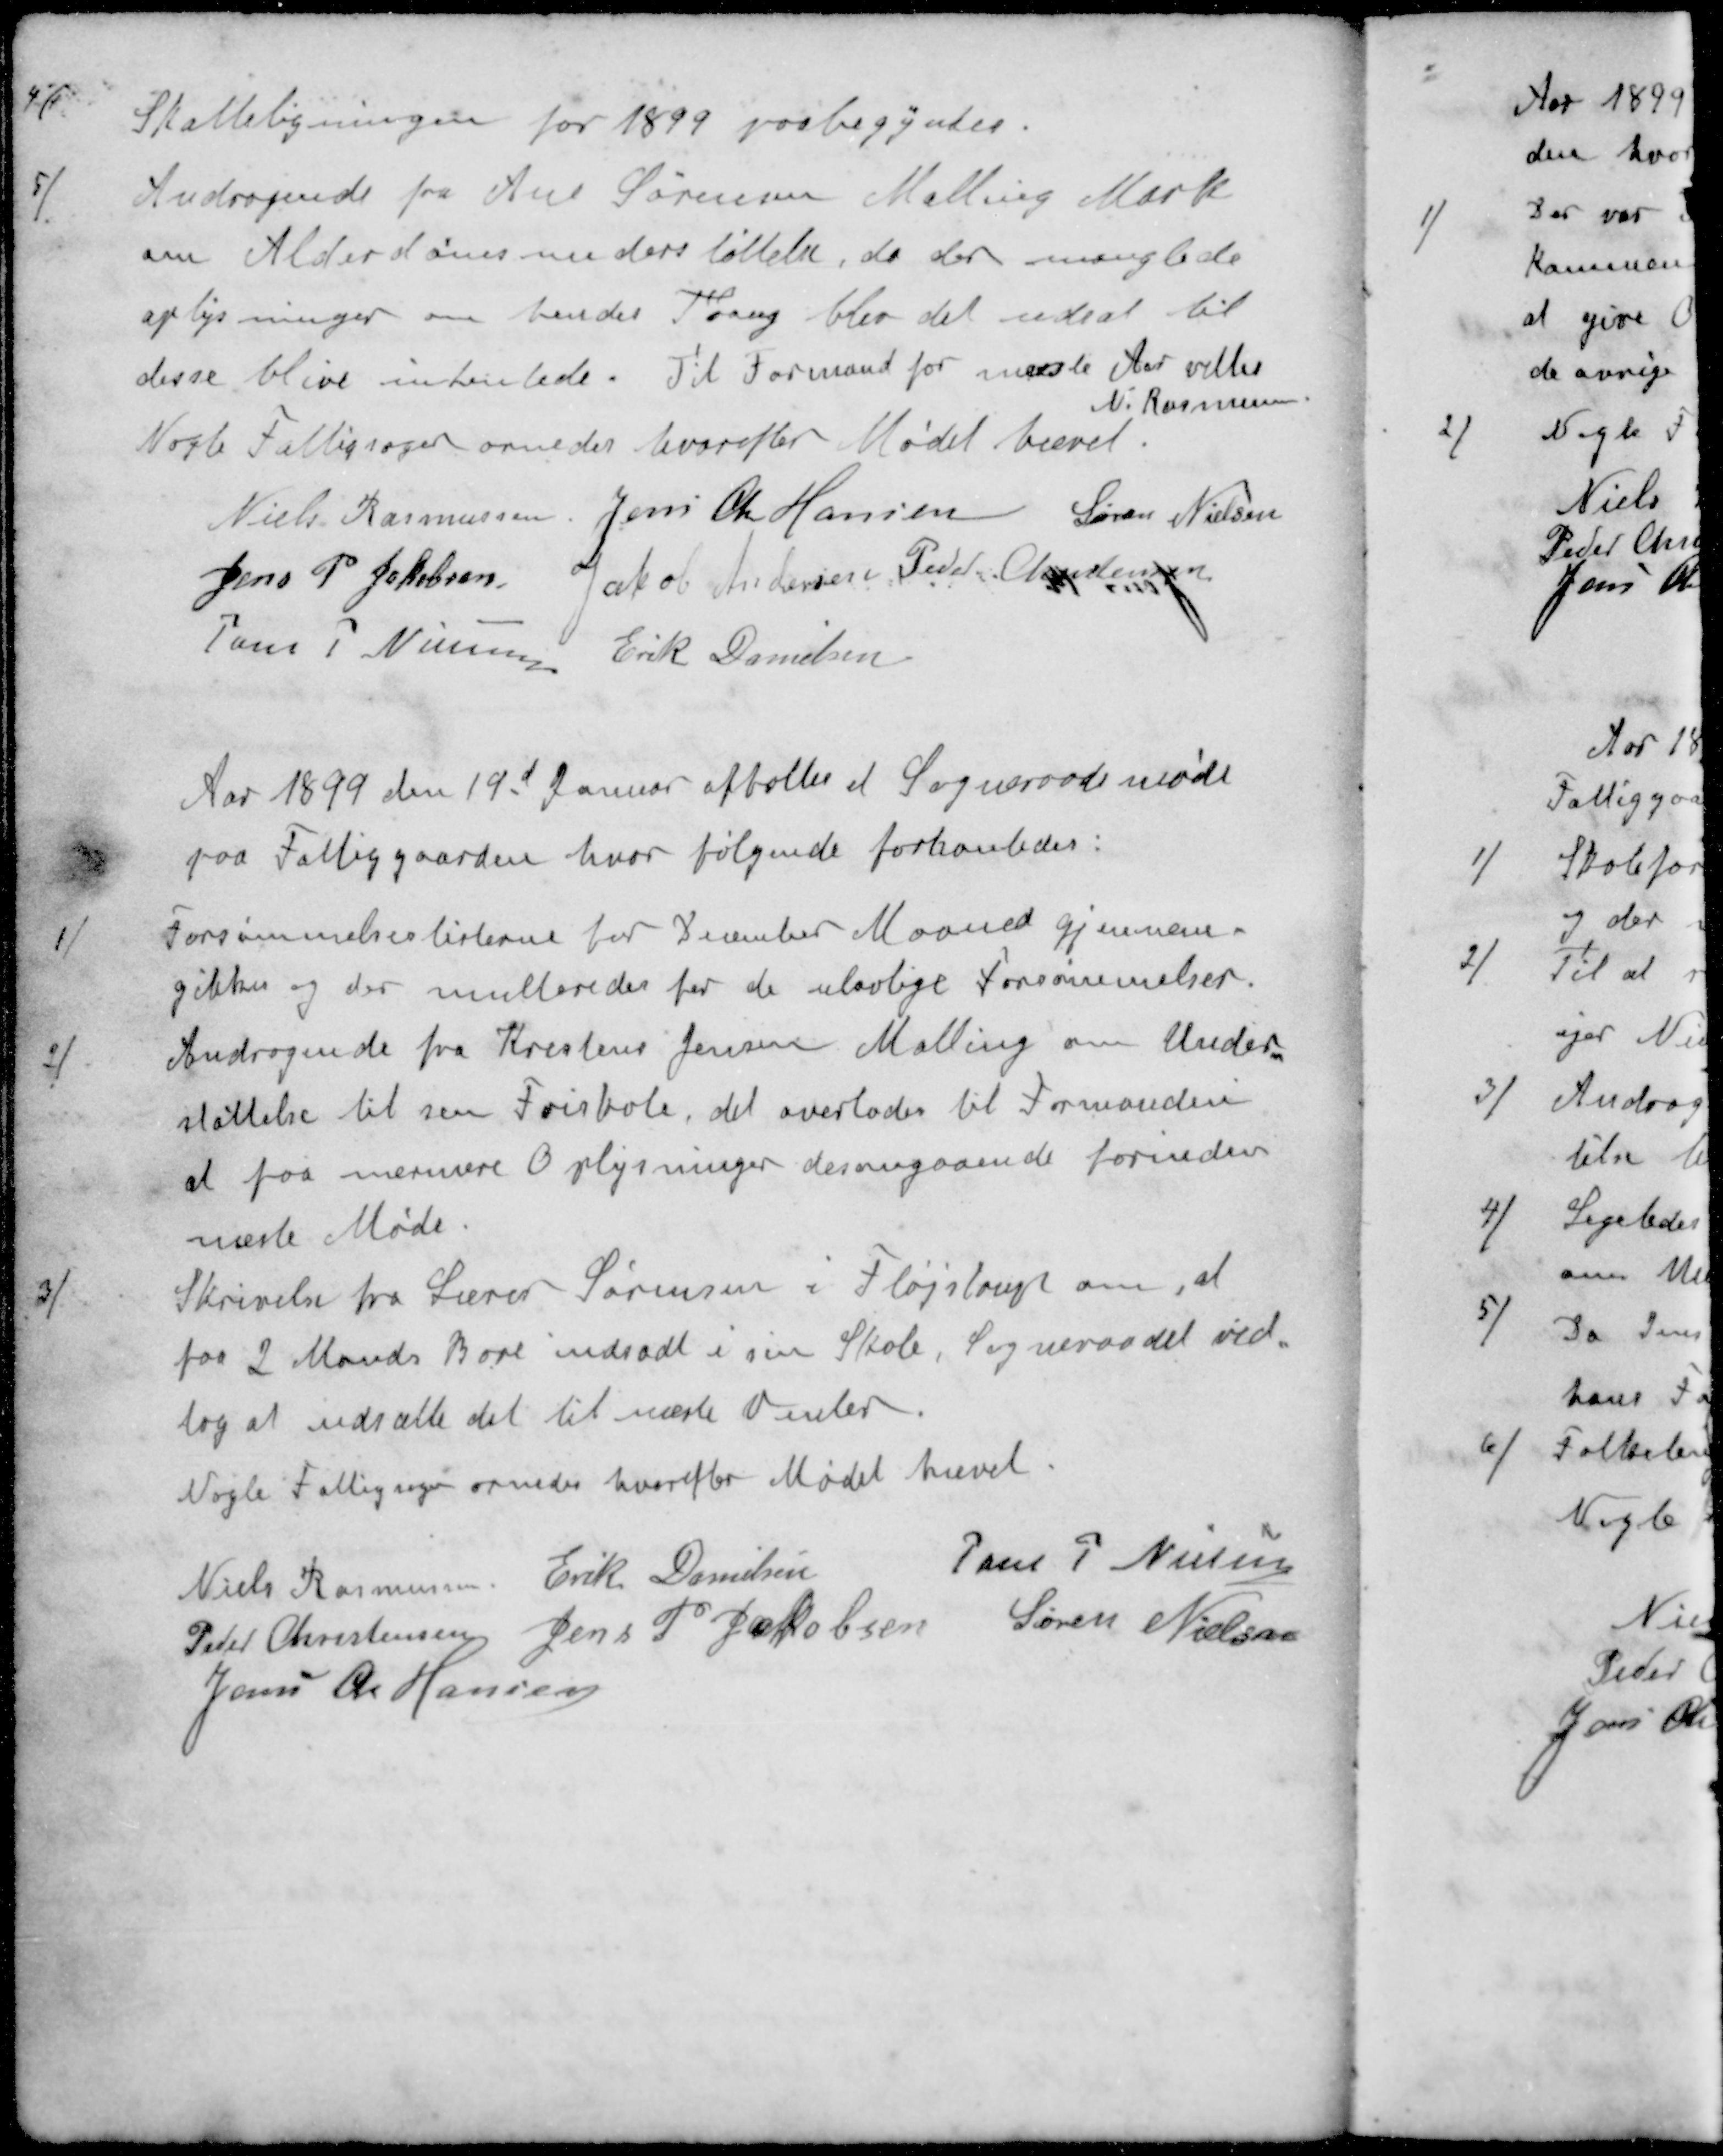
Transskription:
4 / Skatteligningen for 1899 paabegyndes.
5 / Andragende fra Ane Sørensen Malling Mark
om Alderdomsunderstøttelse, da der manglede
oplysninger om hendes Trang blev det udsat til
disse blive intentede. Til Formand for næste Aar valtes
N. Rasmussen
Nogle Fattigsager ornedes hvorefter Mødet hævet.
Niels Rasmussen
Jens Chr Hansen
Søren Nielsen
Jens P Jakobsen
Jakob Andersen
Peder Christensen
Jens P Nielsen
Erik Danielsen
Aar 1899 den 19d Januar afholtes et Sogneraadsmøde
paa Fattiggaarden hvor følgende forhanledes:
1 / Forsømmelseslisterne for December Maaned gjennem-
gikkes og der multeredes for de ulovlige Forsømmelser.
2 / Andragende fra Kristine Jensen Malling om Under-
støttelse til sin Friskole, det overlodes til Formanden
at faa nærmere Oplysninger desangaaende forinden
næste Møde.
3 / Skrivelse fra Lærer Sørensen i Fløjstrup om, at
faa 2 Mands Bore indsadt i sin Skole, Sogneraadet ved-
tog at udsætte det til næste Vinter
Nogle Fattigsagen ornedes hvorefter Mødet hævet.
Niels Rasmussen
Erik Danielsen
Jens P Nielsen
Peder Christensen
Jens P Jakobsen
Søren Nielsen
Jens Chr Hansen